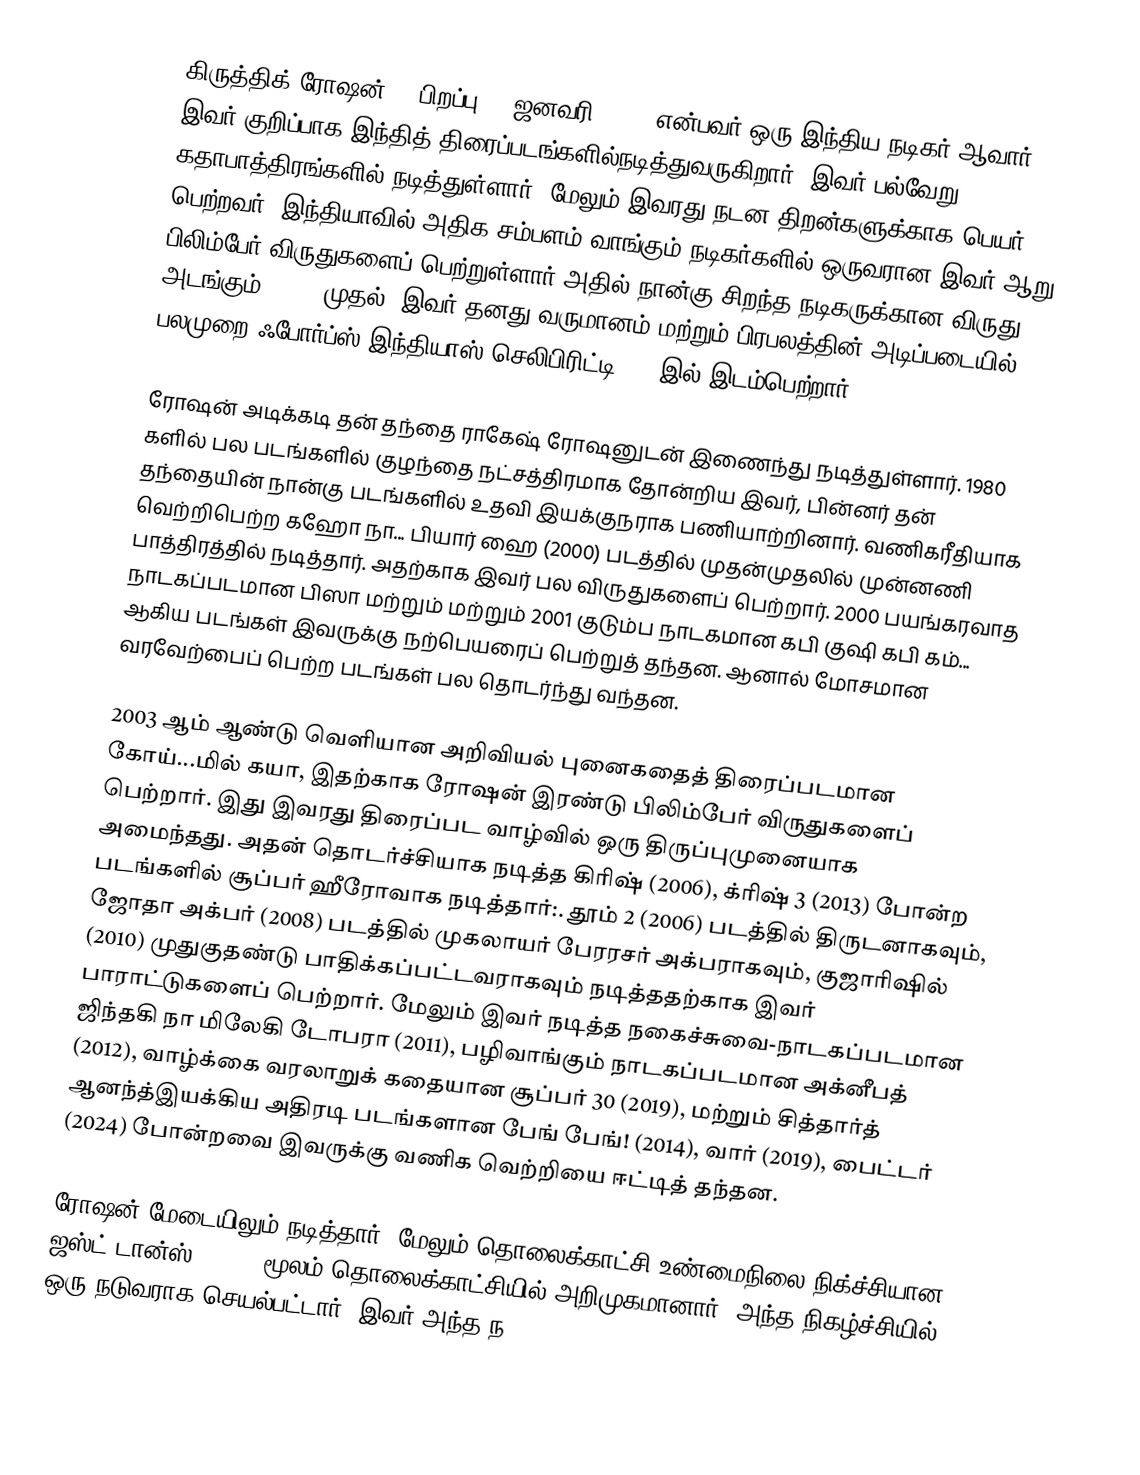
கிருத்திக் ரோஷன் (; பிறப்பு 10 ஜனவரி 1974) என்பவர் ஒரு இந்திய நடிகர் ஆவார். இவர் குறிப்பாக இந்தித் திரைப்படங்களில்நடித்துவருகிறார். இவர் பல்வேறு கதாபாத்திரங்களில் நடித்துள்ளார். மேலும் இவரது நடன திறன்களுக்காக பெயர் பெற்றவர். இந்தியாவில் அதிக சம்பளம் வாங்கும் நடிகர்களில் ஒருவரான இவர் ஆறு  பிலிம்பேர் விருதுகளைப் பெற்றுள்ளார் அதில் நான்கு  சிறந்த நடிகருக்கான விருது அடங்கும். 2012 முதல், இவர் தனது வருமானம் மற்றும் பிரபலத்தின் அடிப்படையில் பலமுறை ஃபோர்ப்ஸ் இந்தியாஸ் செலிபிரிட்டி 100 இல் இடம்பெற்றார்.

ரோஷன் அடிக்கடி தன் தந்தை ராகேஷ் ரோஷனுடன் இணைந்து நடித்துள்ளார்.  1980 களில் பல படங்களில் குழந்தை நட்சத்திரமாக தோன்றிய இவர், பின்னர் தன் தந்தையின் நான்கு படங்களில் உதவி இயக்குநராக பணியாற்றினார். வணிகரீதியாக வெற்றிபெற்ற கஹோ நா... பியார் ஹை (2000) படத்தில் முதன்முதலில் முன்னணி பாத்திரத்தில் நடித்தார். அதற்காக இவர் பல விருதுகளைப் பெற்றார். 2000 பயங்கரவாத நாடகப்படமான பிஸா மற்றும் மற்றும் 2001  குடும்ப நாடகமான கபி குஷி கபி கம்... ஆகிய படங்கள் இவருக்கு நற்பெயரைப் பெற்றுத் தந்தன. ஆனால் மோசமான வரவேற்பைப் பெற்ற படங்கள் பல தொடர்ந்து வந்தன.

2003 ஆம் ஆண்டு வெளியான அறிவியல் புனைகதைத் திரைப்படமான கோய்...மில் கயா, இதற்காக ரோஷன் இரண்டு பிலிம்பேர் விருதுகளைப் பெற்றார். இது இவரது திரைப்பட வாழ்வில் ஒரு திருப்புமுனையாக அமைந்தது. அதன் தொடர்ச்சியாக நடித்த  கிரிஷ் (2006), க்ரிஷ் 3 (2013) போன்ற படங்களில் சூப்பர் ஹீரோவாக நடித்தார்:.  தூம் 2 (2006) படத்தில் திருடனாகவும்,  ஜோதா அக்பர் (2008) படத்தில் முகலாயர் பேரரசர் அக்பராகவும்,  குஜாரிஷில் (2010) முதுகுதண்டு பாதிக்கப்பட்டவராகவும் நடித்ததற்காக இவர் பாராட்டுகளைப் பெற்றார். மேலும் இவர் நடித்த நகைச்சுவை-நாடகப்படமான ஜிந்தகி நா மிலேகி டோபரா (2011), பழிவாங்கும் நாடகப்படமான அக்னீபத் (2012), வாழ்க்கை வரலாறுக் கதையான சூப்பர் 30 (2019), மற்றும்  சித்தார்த் ஆனந்த்இயக்கிய அதிரடி படங்களான பேங் பேங்! (2014), வார் (2019), பைட்டர் (2024) போன்றவை இவருக்கு வணிக வெற்றியை ஈட்டித் தந்தன.

ரோஷன் மேடையிலும் நடித்தார். மேலும் தொலைக்காட்சி உண்மைநிலை நிக்ச்சியான  ஜஸ்ட் டான்ஸ் (2011) மூலம் தொலைக்காட்சியில் அறிமுகமானார். அந்த நிகழ்ச்சியில் ஒரு நடுவராக செயல்பட்டார். இவர் அந்த ந